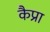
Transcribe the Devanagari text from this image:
कैप्रा